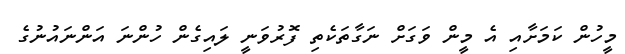
މީހުން ކަމަށާއި އެ މީން ވަގަށް ނަގާތަކެތި ފޮރުވަނީ ލައިގެން ހުންނަ އަންނައުނުގެ